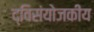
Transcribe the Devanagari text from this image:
द्विसंयोजकीय